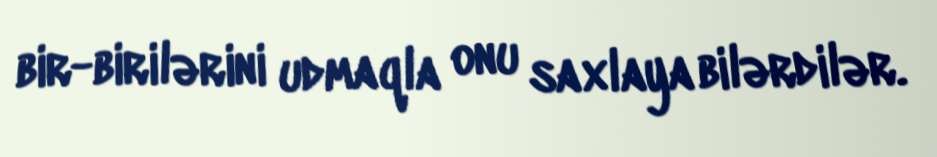
bir-birilərini udmaqla onu saxlaya bilərdilər.